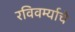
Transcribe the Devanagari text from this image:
रविवर्म्याचे